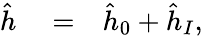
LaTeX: \begin{array}{rlr}{\hat{h}}&{{}=}&{\hat{h}_{0}+\hat{h}_{I},}\end{array}